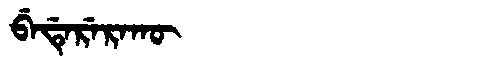
Manchu: ᠪᡝᡩᡝᡵᡝᡵᠠᡴᡡ
Romanization: BEDERERAKŪ